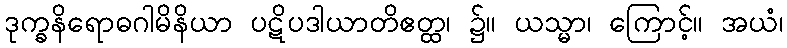
ဒုက္ခနိရောဓဂါမိနိယာ ပဋိပဒါယာတိဧတ္ထ၊ ၌။ ယသ္မာ၊ ကြောင့်။ အယံ၊